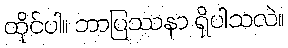
ထိုင်ပါ။ ဘာပြဿနာ ရှိပါသလဲ။